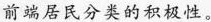
前端居民分类的积极性。